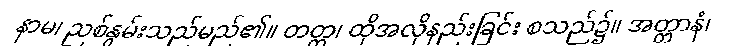
နာမ၊ ညစ်နွမ်းသည်မည်၏။ တတ္ထ၊ ထိုအလိုနည်းခြင်း စသည်၌။ အတ္တာနံ၊